Annual statistical returns and brief notes on vaccination in Bengal - 1896-1909
Year: 1896
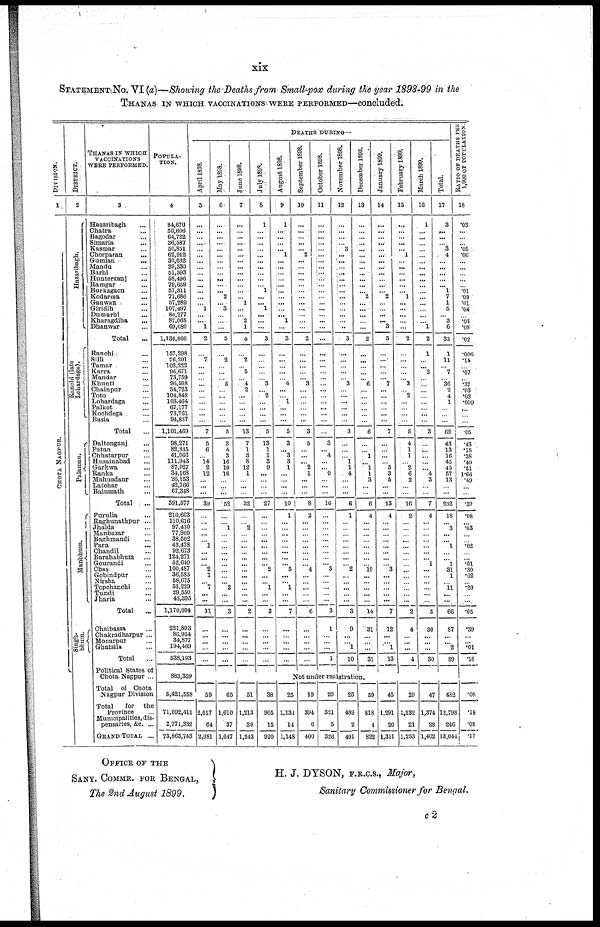
xix
STATEMENT No. VI (a)—Showing the Deaths from Small-pox during the year 1898-99 in the
THANAS IN WHICH VACCINATIONS WERE PERFORMED—concluded.
DIVISION.
1
CHOTA NAGPUR.
DISTRICT.
2
Hazaribagh.
Ranchi (late
Lohardaga).
Palamau.
Manbhum.
Singh-
bhum.
THANAS IN WHICH
VACCINATIONS
WERE PERFORMED.
3
Hazaribagh ...
Chatra ...
Bagodar ...
Simaria ...
Kasmar ...
Chorparan ...
Gumian ...
Mandu ...
Barhi ...
Hunterganj ...
Ramgar ...
Burkagaon ...
Kodarma ...
Ganwan ...
Giridih ...
Dumurhi ...
Kharagdiha ...
Dhanwar ...
Total ...
Ranchi ...
Silli ...
Tamar ...
Karra ...
Mandar ...
Khunti ...
Chainpur ...
Toto ...
Lohardaga ...
Palkot ...
Kochdega ...
Basia ...
Total ...
Daltonganj ...
Patan ...
Chhatarpur ...
Husainabad ...
Garhwa ...
Ranka ...
Mahuadanr ...
Latehar ...
Balumath ...
Total ...
Purulia ...
Raghunathpur ...
Jhalda ...
Manbazar ...
Baghmandi ...
Para ...
Chandil ...
Barahabhum ...
Gourandi ...
Chas ...
Gobindpur ...
Nirsha ...
Topchanchi ...
Tundi ...
Jharia ...
Total ...
Chaibassa ...
Chakradharpur ...
Monarpur ...
Ghatsila ...
Total ...
Political States of
Chota Nagpur ...
Total of Chota
Nagpur Division
Total
for the
Province ...
Municipalities, dis-
pensaries, &c. ...
GRAND TOTAL ...
POPULA-
----.
4
84,670
50,606
64,722
36,587
50,851
62,912
30,632
29,330
51,593
58,496
79,659
57,311
77,686
57,289
107,497
80,277
87,068
69,680
1,136,866
157,298
76,201
102,232
96,671
73,759
96,508
54,723
104,848
103,464
67,177
73,761
94,837
1,101,469
98,271
82,835
41,066
111,943
87,027
34,168
26,153
42,766
67,348
591,577
210,603
110,616
97,430
77,960
38,502
43,478
92,673
124,271
52,640
100,487
36,585
58,675
53,229
29,550
43,395
1,170,094
221,893
86,954
34,877
194,469
538,193
883,359
5,421,558
71,092,411
2,771,332
73,863,743
DEATHS DURING—
April 1898.
5
...
...
...
...
...
...
...
...
...
...
...
...
...
...
1
...
... 1
2
...
7
...
...
...
...
...
...
...
...
...
...
7
5
6
...
14
2
12
...
...
...
39
...
...
...
...
...
1
...
... ...
2
1
...
7
...
...
11
...
...
...
...
...
May 1898.
6
...
...
...
...
...
...
...
...
...
...
...
... 2
...
3
...
...
...
5
...
2
...
...
... 3
...
...
...
...
...
...
5
3
4
3
16
10
16
...
...
...
52
...
...
1
...
...
...
...
...
...
...
...
...
2
...
...
3
...
...
...
...
...
June 1898.
7
...
...
...
...
...
...
...
...
...
...
...
...
...
1
...
...
2
1
4
...
2
...
5
...
4
2
...
...
...
...
...
13
7
1
3
8
12
1
...
...
...
32
...
...
2
...
...
...
...
...
...
...
...
...
...
...
...
2
...
...
...
...
...
July 1898.
8
1
...
...
...
...
...
...
...
...
...
...
1
...
... 1
...
...
...
3
...
...
...
...
...
3
...
2
...
...
...
...
5
13
1
1
3
9
...
...
...
...
27
...
...
...
...
...
...
...
...
... 2
...
...
1
...
...
3
...
...
...
...
...
August 1898.
9
1
...
...
...
...
1
...
...
...
...
... ...
...
...
...
...
1
...
3
...
...
...
...
...
4
...
...
1
...
...
...
5
3
...
3
3
1
...
...
...
...
10
1
...
...
...
...
...
...
...
...
5
...
...
1
...
...
7
...
...
...
...
...
September 1898.
10
...
...
...
...
...
2
...
...
...
...
...
...
...
...
...
...
...
...
2
...
...
...
...
... 3
...
...
...
...
...
...
3
5
...
...
... 2
1
...
...
...
8
2
...
...
...
...
...
...
...
...
4
...
...
...
...
...
6
...
...
...
...
...
October 1898.
11
...
...
...
...
...
...
...
...
...
...
...
...
...
...
...
...
...
...
...
...
...
...
...
...
...
...
...
...
...
...
...
...
3
... 4
...
... 9
...
...
...
16
...
...
...
...
...
...
...
...
...
3
...
...
...
...
...
3
1
...
...
...
1
November 1898.
12
...
...
...
...
3
...
...
...
...
...
...
...
...
...
...
...
...
...
3
...
...
...
...
...
3
...
...
...
...
...
...
3
...
...
...
1
1
4
...
...
...
6
1
...
...
...
...
...
...
...
...
2
...
...
...
...
...
3
9
...
...
1
10
December 1898.
13
...
...
...
...
...
...
...
...
...
...
...
...
2
...
...
...
...
...
2
...
...
...
...
...
6
...
...
...
...
...
...
6
...
... 1
...
1
1
3
...
...
6
4
...
...
...
...
...
...
...
...
10
...
...
...
...
...
14
31
...
...
...
31
January 1899.
14
...
...
...
...
...
...
...
...
...
...
...
...
2
...
...
...
... 3
5
...
...
...
...
...
7
...
...
...
...
...
...
7
...
...
...
...
5
3
5
...
...
13
4
...
...
...
...
...
...
...
...
3
...
...
...
...
...
7
12
...
...
1
13
February 1899.
15
...
...
...
...
...
1
...
...
...
... ...
... 1
...
...
...
...
...
2
...
...
...
...
...
3
...
2
...
...
...
...
5
4
1
1
...
2
6
2
...
...
16
2
...
...
...
...
...
...
...
...
...
...
...
...
...
...
2
4
...
...
...
4
March 1899.
16
1
...
...
...
...
...
...
...
...
...
...
...
...
...
...
...
...
1
2
1
...
...
2
...
...
...
...
...
...
...
...
3
...
...
...
...
... 4
3
...
...
7
4
...
...
...
...
...
...
... 1
...
...
...
...
...
...
5
30
...
...
...
30
Total.
17
3
...
...
...
3
4
...
...
...
...
...
1
7
1
5
...
3
6
33
1
11
...
7
...
36
2
4
1
...
...
...
62
43
13
16
45
45
57
13
...
...
232
18
...
3
...
... 1
...
...
1
31
1
...
11
...
...
66
87
...
...
2
89
Not under registration.
59
2,017
64
2,081
65
1,610
37
1,647
51
1,213
30
1,243
38
905
15
920
25
1,134
14
1,148
19
394
6
400
20
321
5
326
25
489
2
491
59
818
4
822
45
1,291
20
1,311
29
1,232
21
1,253
47
1,374
28
1,402
482
12,798
246
13,044
RATIO OF DEATHS PER
1,000 OF POPULATION.
18
.03
...
...
...
.05
.06
...
...
...
...
...
.01
.09
.01
.04
...
.03
.08
.02
.006
.14
...
.07
...
.37
.03
.03
.009
...
...
...
.05
.43
.15
.38
.40
.51
1.66
.49
...
...
.39
.08
...
.03
...
...
.02
...
...
.01
.30
.02
...
.20
...
...
.05
.39
...
...
.01
.16
.08
.18
.08
.17
OFFICE OF THE
SANY. COMMR. FOR BENGAL,
The 2nd August 1899.
H. J. DYSON, F.R.C.S., Major,
Sanitary Commissioner for Bengal.
c2